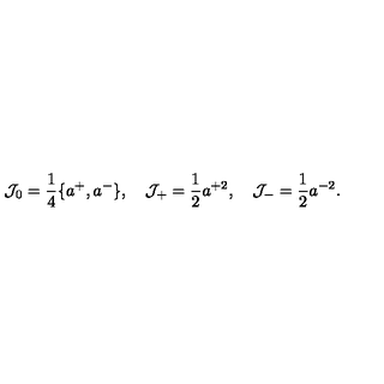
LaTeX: { \cal J } _ { 0 } = \frac { 1 } { 4 } \{ a ^ { + } , a ^ { - } \} , \quad { \cal J } _ { + } = \frac { 1 } { 2 } a ^ { + 2 } , \quad { \cal J } _ { - } = \frac { 1 } { 2 } a ^ { - 2 } .